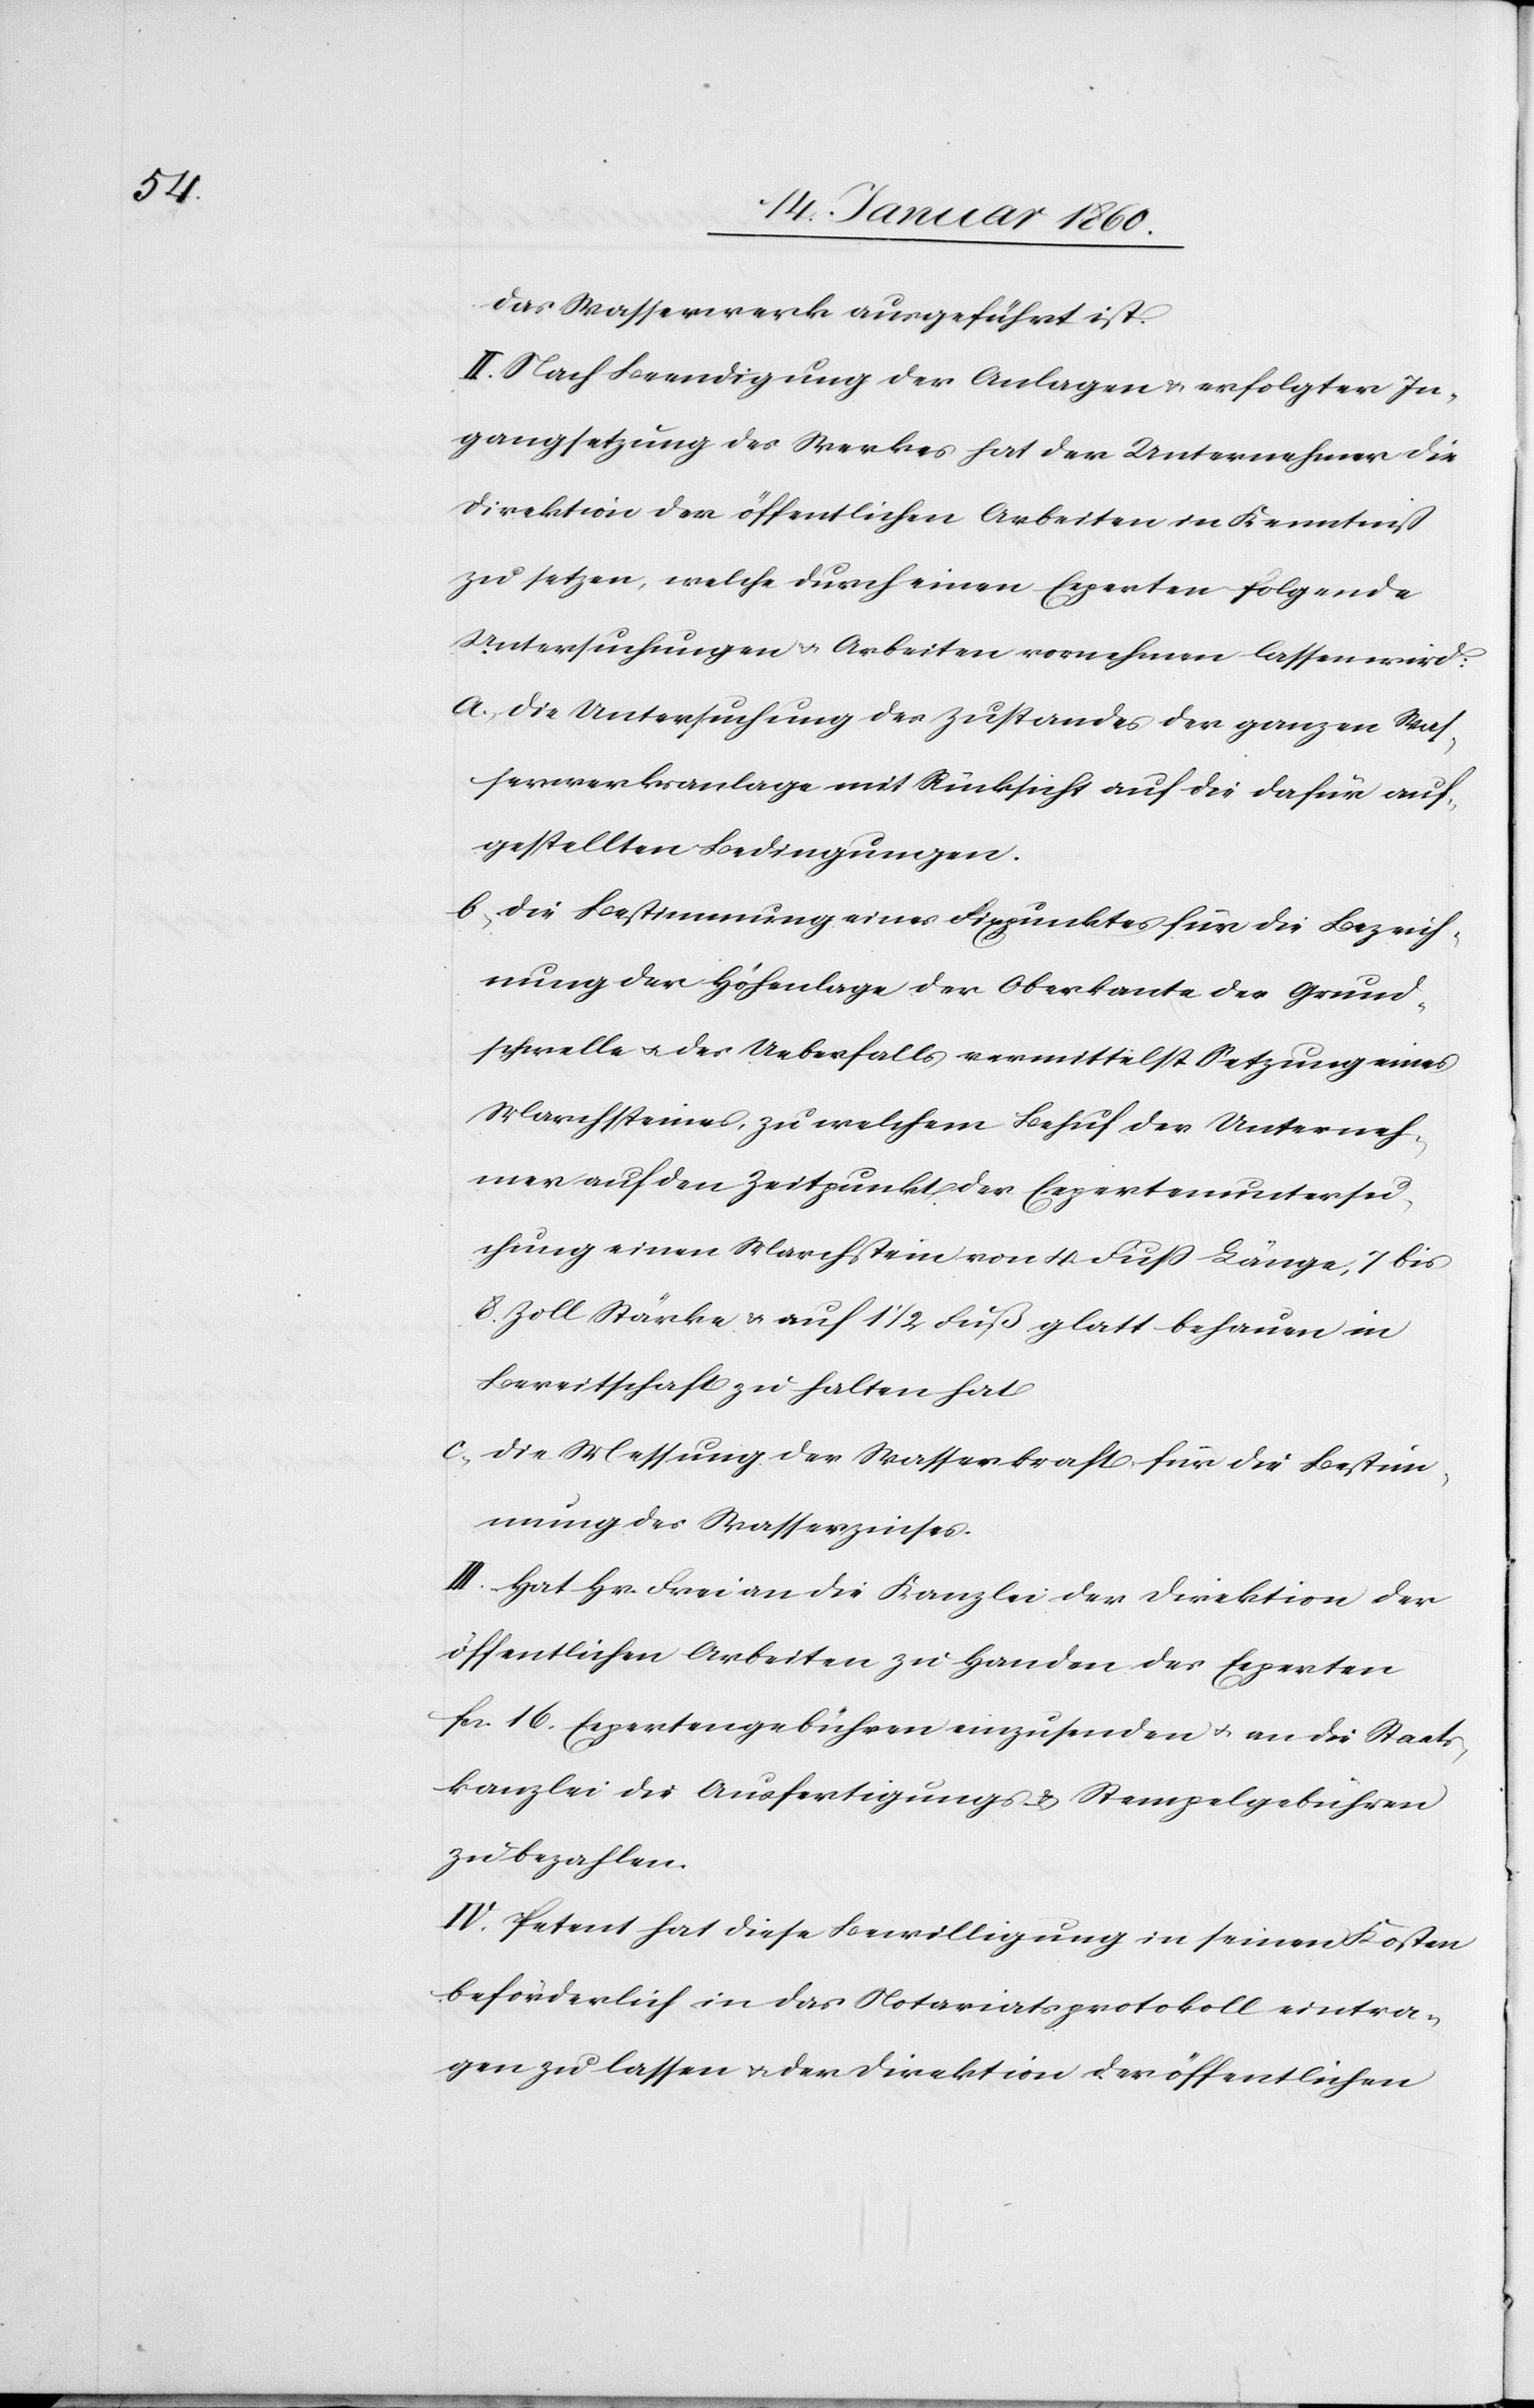
das Wasserwerk ausgeführt ist.
II. Nach Beendigung der Anlagen u. erfolgten In¬
gangsetzung des Werkes hat der Unternehmer die
Direktion der öffentlichen Arbeiten in Kenntniß
zu setzen, welche durch einen Experten folgende
Untersuchungen u. Arbeiten vornehmen lassen wird:
a. Die Untersuchung des Zustandes der ganzen Was¬
serwerksanlage mit Rücksicht auf die dafür auf¬
gestellten Bedingungen.
b. Die Bestimmung eines Fixpunktes für die Bezeich¬
nung der Höhenlage der Oberkante der Grund¬
schwelle u. des Ueberfalls, vermittelst Setzung eines
Marchsteines, zu welchem Behuf der Unterneh¬
mer auf den Zeitpunkt der Expertenuntersu¬
chung einen Marchstein von 4. Fuß Länge, 7 bis
8. Zoll Stärke u. auf 1 1/2. Fuß glatt behauen in
Bereitschaft zu halten hat.
c. die Messung der Wasserkraft für die Bestim¬
mung des Wasserzinses.
III. Hat Hr. Frei an die Kanzlei der Direktion der
öffentlichen Arbeiten zu Handen der Experten
fr. 16. Expertengebühren einzusenden u. an die Staats¬
kanzlei die Ausfertigungs- u. Stempelgebühren
zu bezahlen.
IV. Petent hat diese Bewilligung in seinen Kosten
beförderlich in das Notariatsprotokoll eintra¬
gen zu lassen u. der Direktion der öffentlichen